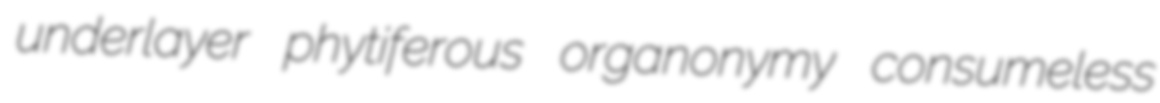
underlayer phytiferous organonymy consumeless